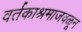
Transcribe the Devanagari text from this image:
वर्तकाश्रमाजवळून